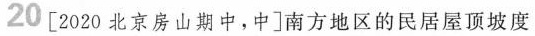
20[2020北京房山期中，中]南方地区的民居屋顶坡度